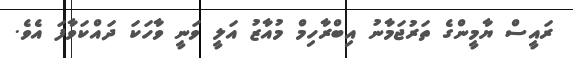
ރައީސް ޔާމީންގެ ތަރުޖަމާނު އިބްރާހިމް މުއާޒު އަލީ ވަނީ ވާހަކަ ދައްކަވާފަ އެވެ.